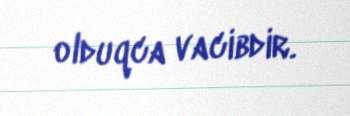
olduqca vacibdir.